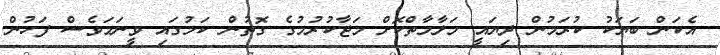
އެކަން ބަޔަކު ކުރަމުން ދިޔައީ މަލާމާތްކޮށް މަޖާކުރުމުގެ ގޮތުން ކަމުގައި ވީނަމަވެސް ފަހުން